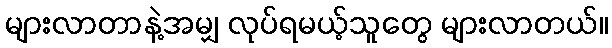
များလာတာနဲ့အမျှ လုပ်ရမယ့်သူတွေ များလာတယ်။